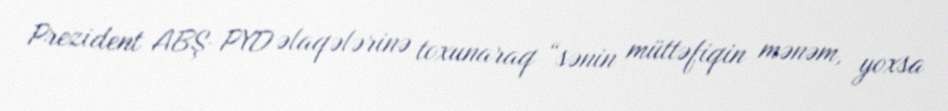
Prezident ABŞ-PYD əlaqələrinə toxunaraq “sənin müttəfiqin mənəm, yoxsa